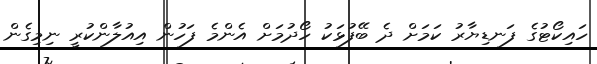
ހައިކޯޓުގެ ފަނޑިޔާރު ކަމަށް ދެ ބޭފުޅަކު ހޯދުމަށް އެންމެ ފަހުން އިއުލާންކުރީ ނިމިގެން